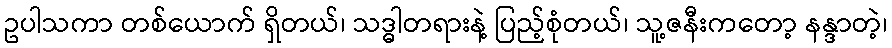
ဥပါသကာ တစ်ယောက် ရှိတယ်၊ သဒ္ဓါတရားနဲ့ ပြည့်စုံတယ်၊ သူ့ဇနီးကတော့ နန္ဒာတဲ့၊